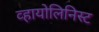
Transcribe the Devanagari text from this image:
व्हायोलिनिस्ट